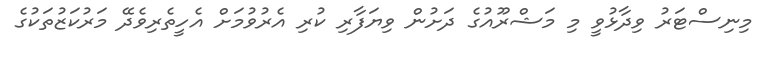
މިނިސްޓަރު ވިދާޅުވީ މި މަޝްރޫއުގެ ދަށުން ވިޔަފާރި ކުރި އެރުވުމަށް އެހީތެރިވެދޭ މަރުކަޒުތަކުގެ